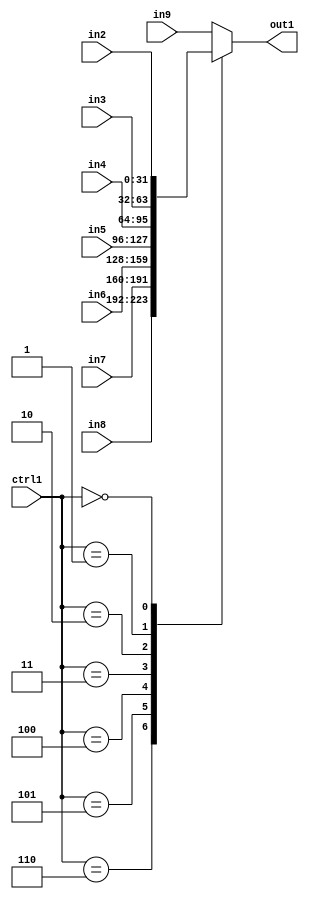
`timescale 1ps / 1ps
/*****************************************************************************
    Verilog RTL Description
    
    
    Created by: Stratus DpOpt 21.05.01 
*******************************************************************************/

module dut_N_Mux_32_8_23_1 (
	in9,
	in8,
	in7,
	in6,
	in5,
	in4,
	in3,
	in2,
	ctrl1,
	out1
	); /* architecture "behavioural" */ 
input [31:0] in9,
	in8,
	in7,
	in6,
	in5,
	in4,
	in3,
	in2;
input [2:0] ctrl1;
output [31:0] out1;
wire [31:0] asc001;

reg [31:0] asc001_tmp_0;
assign asc001 = asc001_tmp_0;
always @ (ctrl1 or in8 or in7 or in6 or in5 or in4 or in3 or in2 or in9) begin
	case (ctrl1)
		3'B110 : asc001_tmp_0 = in8 ;
		3'B101 : asc001_tmp_0 = in7 ;
		3'B100 : asc001_tmp_0 = in6 ;
		3'B011 : asc001_tmp_0 = in5 ;
		3'B010 : asc001_tmp_0 = in4 ;
		3'B001 : asc001_tmp_0 = in3 ;
		3'B000 : asc001_tmp_0 = in2 ;
		default : asc001_tmp_0 = in9 ;
	endcase
end

assign out1 = asc001;
endmodule

/* CADENCE  vbT0SgE= : u9/ySxbfrwZIxEzHVQQV8Q== ** DO NOT EDIT THIS LINE ******/